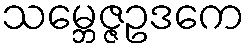
သမ္ဘေဇ္ဇဥဒကေ